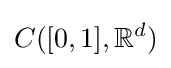
C([0,1],\mathbb {R} ^{d})